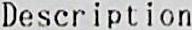
DESCRIPTION